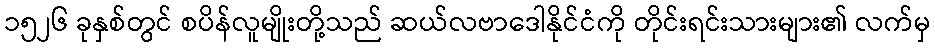
၁၅၂၆ ခုနှစ်တွင် စပိန်လူမျိုးတို့သည် ဆယ်လဗာဒေါနိုင်ငံကို တိုင်းရင်းသားများ၏ လက်မှ